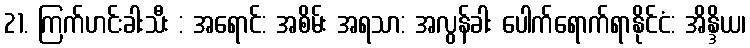
21. ကြက်ဟင်းခါးသီး : အရောင်: အစိမ်း အရသာ: အလွန်ခါး ပေါက်ရောက်ရာနိုင်ငံ: အိန္ဒိယ၊